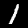
Label: 1